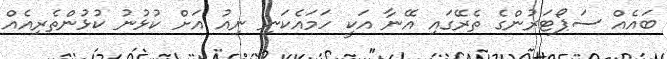
ބައެއް ސަޕޯޓަރުންގެ ތެރޭގައި އޭނާ އަކީ ހަމައެކަނި ނިއު އަށް ކުޅުނު ކުޅުންތެރިއެއް